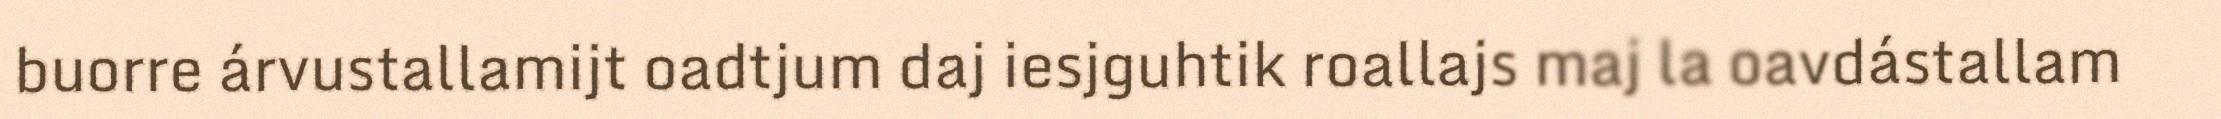
buorre árvustallamijt oadtjum daj iesjguhtik roallajs maj la oavdástallam